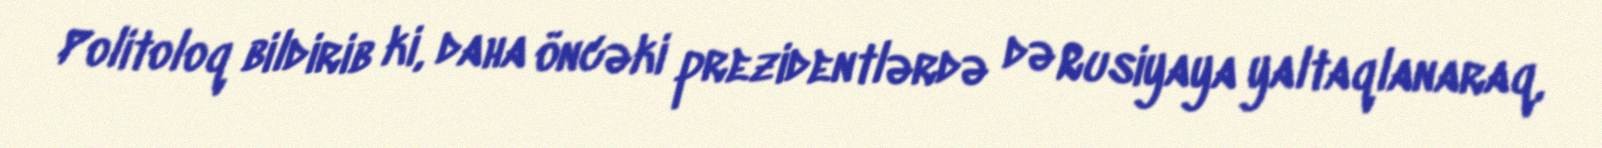
Politoloq bildirib ki, daha öncəki prezidentlərdə də Rusiyaya yaltaqlanaraq,